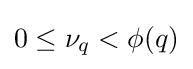
0\leq \nu _{q}<\phi (q)